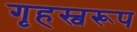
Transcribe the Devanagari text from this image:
गृहस्वरूप